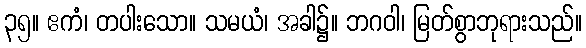
၃၅။ ဧကံ၊ တပါးသော။ သမယံ၊ အခါ၌။ ဘဂဝါ၊ မြတ်စွာဘုရားသည်။